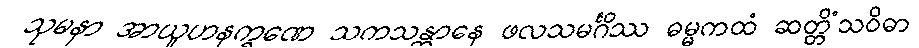
သုမနာ အာယူဟနက္ခဏေ သကသန္တာနေ ဖလသမင်္ဂိဿ ဓမ္မကထံ ဆတ္တိံသဝိဓာ